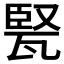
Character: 𤭠